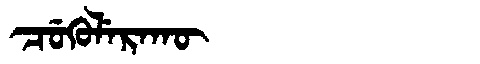
Manchu: ᠴᡠᡴᡠᠯᡝᡵᠠᡴᡡ
Romanization: CUKULERAKŪ